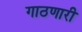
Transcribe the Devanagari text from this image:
गाठणारी